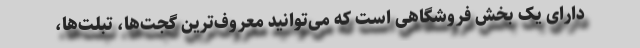
دارای یک بخش فروشگاهی است که می‌توانید معروف‌ترین گجت‌ها، تبلت‌ها،